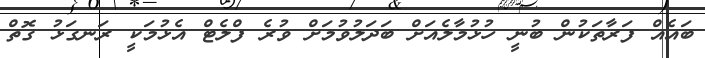
ބައެއް ފަރާތަކުން ބުނީ ހުޅުމާލެއަށް ބަދަލުވުމަށް ވުރެ ފްލެޓް އެޅުމަކީ ރަނގަޅު ގޮތް